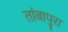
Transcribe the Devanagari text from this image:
तांबापुरा